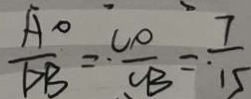
\frac { A O } { D B } = \frac { C O } { C B } = \frac { 7 } { 1 5 }